Vital statistics of India. Vol. V, Reports of 1876 on armies & jails and on epidemic cholera
Year: 1876
Disease focus: Cholera
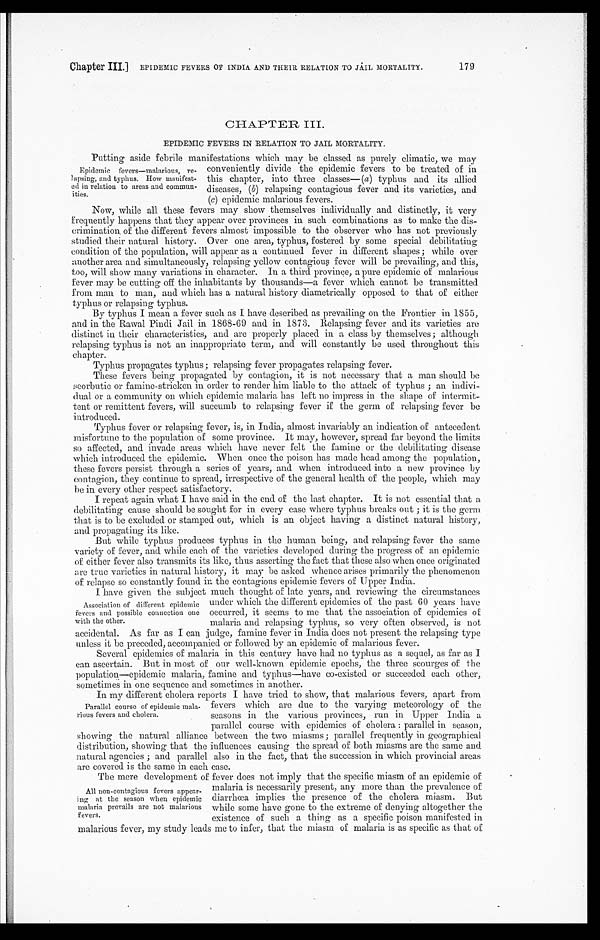
Chapter III.] EPIDEMIC FEVERS OF INDIA AND THEIR RELATION TO JAIL MORTALITY.
179
CHAPTER III.
EPIDEMIC FEVERS IN RELATION TO JAIL MORTALITY.
Putting aside febrile manifestations which may be classed. as purely climatic, we may
conveniently divide the epidemic fevers to be treated of in
this chapter, into three classes—( a) typhus and its allied
diseases, (b) relapsing contagious fever and its varieties, and
(c) epidemic malarious fevers.
Now, while all these fevers may show themselves individually and distinctly, it very
frequently happens that they appear over provinces in such combinations as to make the dis
-
crimination. of the different fevers almost impossible to the observer who has not previously
studied their natural history. Over one area, typhus, fostered by some special debilitating
condition of the population, will appear as a continued fever in different shapes ; while over
another area and simultaneously, relapsing yellow contagious fever will be prevailing, and this,
too, will show many variations in character. In a third province, a pure epidemic of malarious
fever may be cutting off the inhabitants by thousands—a fever which cannot be transmitted.
from man to man, and which has a natural history diametrically opposed to that of either
typhus or relapsing typhus.
By typhus I mean a fever such as I have described as prevailing on the Frontier in 1855,
and in the Rawal Pindi Jail in 1868-69 and in 1873. Relapsing fever and its varieties are
distinct in their characteristics, and are properly placed in a class by themselves; although
relapsing typhus is not an inappropriate term, and will constantly be used throughout this
chapter.
Typhus propagates typhus; relapsing fever propagates relapsing fever.
These fevers being propagated by contagion, it is not necessary that a man should be
scorbutic or famine-stricken in order to render him liable to the attack of typhus ; an indivi
-
dual or a community on which epidemic malaria has left no impress in the shape of intermit
-tent or remittent fevers, will succumb to relapsing fever if the germ of relapsing fever be
introduced.
Typhus fever or relapsing fever, is, in India, almost invariably an indication of antecedent
misfortune to the population of some province. it may, however, spread far beyond the limits
so affected, and invade areas which have never felt the famine or the debilitating disease
which introduced the epidemic. When once the poison has made head among the population,
these fevers persist through a series of years, and when introduced into a new province by
contagion, they continue to spread, irrespective of the general health of the people, which may
be in every other respect satisfactory.
I repeat again what I have said in the end of the last chapter. It is not essential that a
debilitating cause should be sought for in every case where typhus breaks out ; it is the germ
that is to be excluded or stamped out, which is an object having a distinct natural history,
and propagating its like.
But while typhus produces typhus in the human being, and relapsing fever the same
variety of fever, and while each of the varieties developed during the progress of an epidemic
of either fever also transmits its like, thus asserting the fact that these also when once originated
are true varieties in natural history, it may be asked whence arises primarily the phenomenon
of relapse so constantly found in the contagious epidemic fevers of Upper India.
I have given the subject much thought of late years, and reviewing the circumstances
under which the different epidemics of the past 60 years have
occurred, it seems to me that the association of epidemics of
malaria and relapsing typhus, so very often observed, is not
accidental. As far as I can judge, famine fever in India does not present the relapsing type
unless it be preceded, accompanied or followed by an epidemic of malarious fever.
Several epidemics of malaria in this century have had no typhus as a sequel, as far as
I can ascertain. But in most of our well-known epidemic epochs, the three scourges of the
population—epidemic malaria, famine and typhus—have co-existed or succeeded each other,
sometimes in one sequence and sometimes in another.
In my different cholera reports I have tried to show, that malarious fevers, apart from
fevers which are due to the varying meteorology of the
seasons in the various provinces, run in Upper India a
parallel course with epidemics of cholera : parallel in season,
showing the natural alliance between the two miasms ; parallel frequently in geographical
distribution, showing that the influences causing the spread of both miasms are the same and
natural agencies ; and parallel also in the fact, that the succession in which provincial areas
are covered is the same in each case.
The mere development of fever does not imply that the specific miasm of an epidemic of
malaria is necessarily present, any more than the prevalence of
diarrhœa implies the presence of the cholera miasm. But
while some have gone to the extreme of denying altogether the
existence of such a thing as a specific poison manifested in
malarious fever, my study leads me to infer, that the miasm of malaria is as specific as that of
Epidemic fevers—malarious, re
-lapsing, and typhus. How manifest
-ed in relation to areas and commun-
ities.
Association of different epidemic
fevers and possible connection one
with the other.
Parallel course of epidemic mala
-rious fevers and cholera.
All non-contagious fevers appear-
ing at the season when epidemic
malaria prevails are not malarious
fevers.